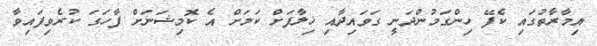
އިމާރާތުގައި ކެފޭ ހިންގަމުންދަނީ ގަވައިދާއި ޚިލާފަށް ކަމަށް އެ ކޮމިޝަނަށް ފާހަގަ ކުރެވިފައިވާ